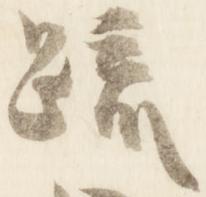
疏